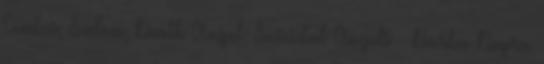
Exodus, Sodom, Death Angel, Suicidal Angels – Barba Negra